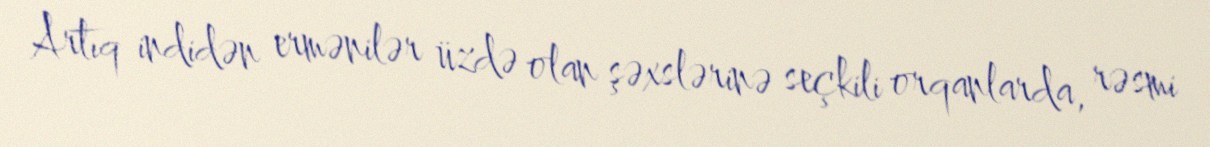
Artıq indidən ermənilər üzdə olan şəxslərinə seçkili orqanlarda, rəsmi